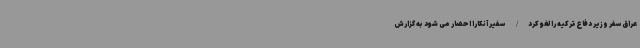
عراق سفر وزیر دفاع ترکیه را لغو کرد/ سفیر آنکارا احضار می شود به گزارش